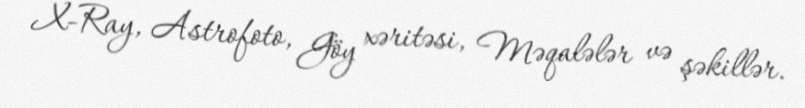
X-Ray, Astrofoto, Göy xəritəsi, Məqalələr və şəkillər.